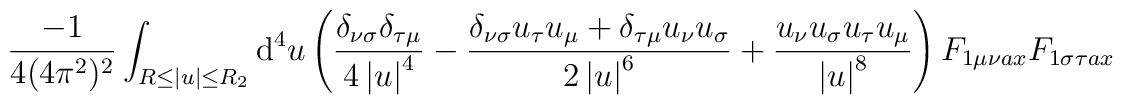
\frac{-1}{4(4\pi^2)^2}\int_{R\leq\left|u\right|\leq R_2}\mathrm{d}^4u	\left(\frac{\delta_{\nu\sigma}\delta_{\tau\mu}}{4\left|u\right|^4}-	\frac{\delta_{\nu\sigma}u_\tau u_\mu+\delta_{\tau\mu}u_\nu u_\sigma}{2	\left|u\right|^6}+\frac{u_\nu u_\sigma u_\tau u_\mu}{\left|u\right|^8}	\right)F_{1\mu\nu ax}F_{1\sigma\tau ax}